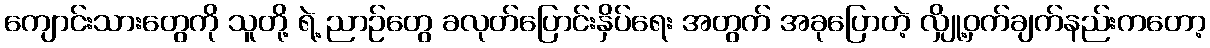
ကျောင်းသားတွေကို သူတို့ ရဲ့ ညာဉ်တွေ ခလုတ်ပြောင်းနှိပ်ရေး အတွက် အခုပြောတဲ့ လျှို့ဝှက်ချက်နည်းကတော့